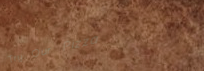
Try Our Pizza